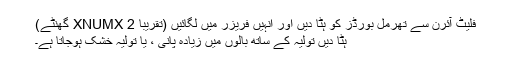
فلیٹ آئرن سے تھرمل بورڈز کو ہٹا دیں اور انہیں فریزر میں لگائیں (تقریبا 2 XNUMX گھنٹے)
ہٹا دیں تولیہ کے ساتھ بالوں میں زیادہ پانی ، یا تولیہ خشک ہوجاتا ہے۔